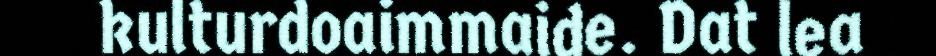
kulturdoaimmaide. Dat lea